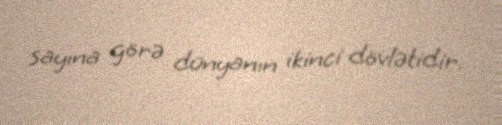
sayına görə dünyanın ikinci dövlətidir.